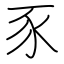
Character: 豕